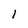
Character: 1